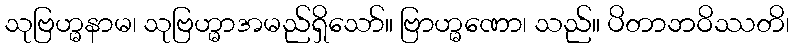
သုဗြဟ္မနာမ၊ သုဗြဟ္မာအမည်ရှိသော်။ ဗြာဟ္မဏော၊ သည်။ ပိတာဘဝိဿတိ၊